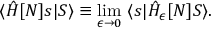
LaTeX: \langle \hat { H } [ N ] s | S \rangle \equiv \operatorname * { l i m } _ { \epsilon \to 0 } \ \langle s | \hat { H } _ { \epsilon } [ N ] S \rangle .